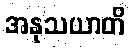
အနုသယာတိ